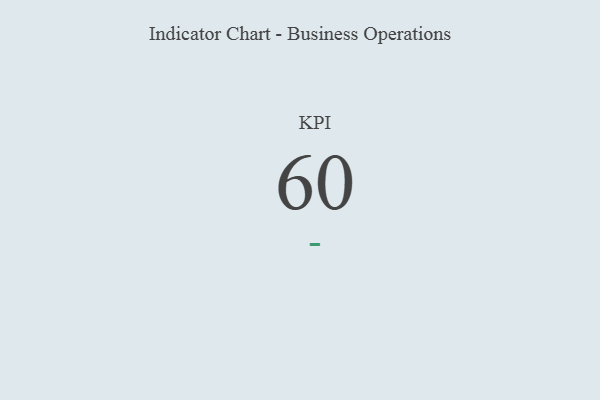
{"axis": {"x": "KPI", "y": "Value"}, "legend": [""], "data": [{"x": "KPI", "y": 60, "type": ""}]}